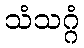
သံသဂ္ဂံ